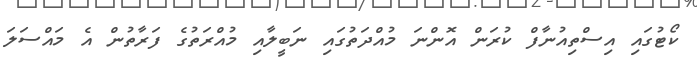
ކޯޓުގައި އިސްތިއުނާފް ކުރަން އޮންނަ މުއްދަތުގައި ނަބީލާއި މުއްރަތުގެ ފަރާތުން އެ މައްސަލަ